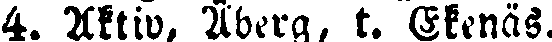
4. Aktiv, Åberg, t. Ekenäs.